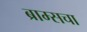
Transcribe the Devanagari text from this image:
ब्राम्सचा